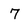
Character: 7